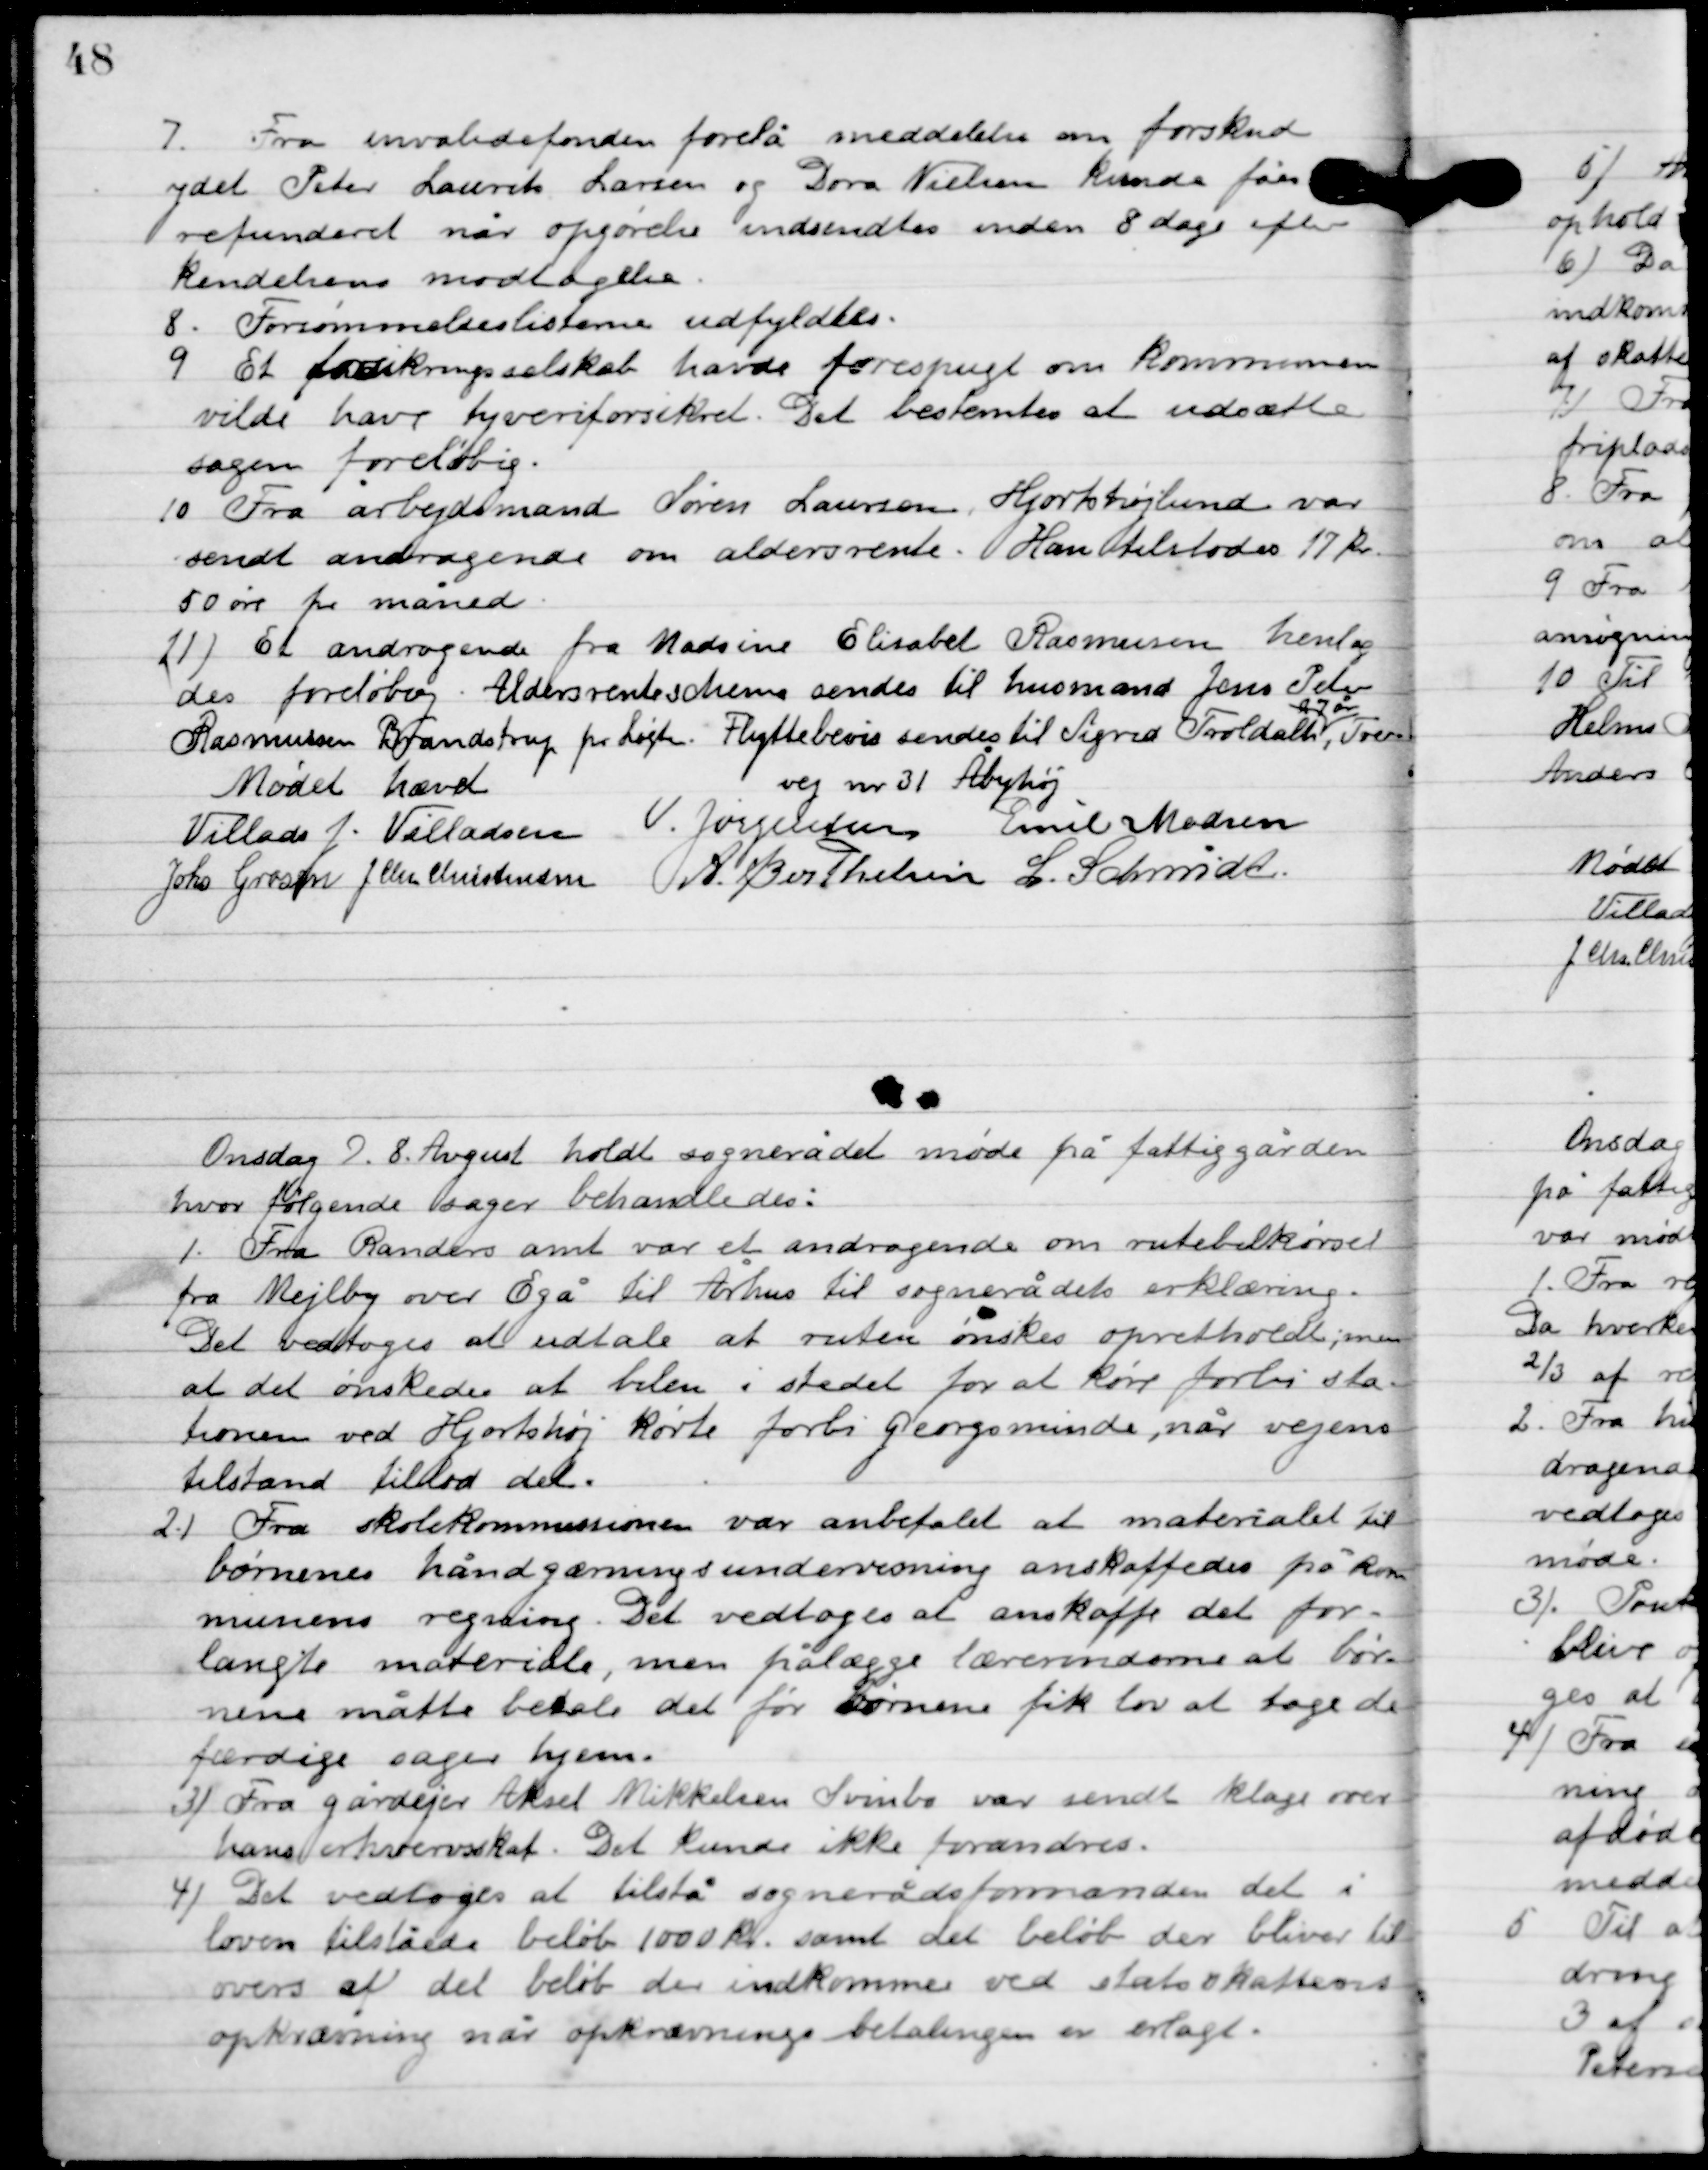
Transskription:
7

Fra invalidefonden forelå meddelelse om forskud
 ydet Peter Laurits Larsen og Dora Nielsen kunde fåes
refunderet når opgørelse indsendes inden 8 dage efter
kendelsens modtagelse.

8

Forsømmelseslisterne udfyldtes.

9

Et forsikringsselskab havde forespurgt om Kommunen
vilde have tyveriforsikret. Det bestemtes at udsætte
 sagen foreløbig.

10

Fra arbejdsmand Søren Laursens, Hjortshøjlund var
sendt andragendes om aldersrente. Han tilstodes 17 kr.
50 øre pr. måned.

11

Et andragende fra Madsine Elisabet Rasmussen hentedes
foreløbig Aldersrente Shema sendtes til husmand Jens Peter
Rasmussen Brandstrup pr. Løgten. Flyttebevis sendes til Sigrid Troldalh
også
Tver-
vej nr. 31 Åbyhøj.

Mødet hævet

Villads J. Villadsen
V. Jørgensen
Emil Madsen
Johs. Grosen
 J. Chr. Christensen
A. Berthelsen
L. Schmidt

Onsdag D. 8. August holdt sognerådet møde på fattiggården,
hvor følgende sager behandledes.

1

Fra Randers amt var et andragende om rutebilkørsel
fra Mejlby over Egå til Århus til sognerådets erklæring.
Det vedtoges at udtale at ruten ønskes opretholdt; men
 at det ønskede at bilen i stedet for at køre forbi sta-
tionen ved Hjortshøj kørte forbi Georgsminde, når vejens
 tilstand tilstod det.

2

Fra skolekommissionen var anbefalet at materialet til
børnenes håndgerningsundervisning anskaffedes på kom-
munens regning. Det vedtoges at anskaffe det for-
langte materiale, men pålægge lærerinderne at bør-
nene måtte betale det før børnene fik lov at tage de
færdige sager hjem.

3

Fra gårdejer Aksel Mikkelsen Svinbo var sendt klage over 
hans erhvervsskat. Det kunde ikke forandres.

4

Det vedtoges at tilstå sognerådsformanden det i
loven tilståede beløb 1000 kr. samt det beløb der bliver til
overs af det beløb der indkommer ved statsskattens
opkrævning når afkrævnings betalingen er erlagt.